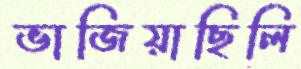
ভাজিয়াছিলি